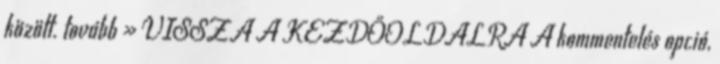
között. tovább » VISSZA A KEZDŐOLDALRA A kommentelés opció,